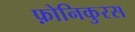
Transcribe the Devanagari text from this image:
फ़ोनिकुरस